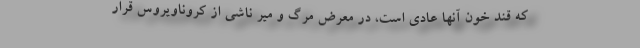
که قند خون آنها عادی است، در معرض مرگ و میر ناشی از کروناویروس قرار